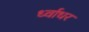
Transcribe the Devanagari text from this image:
र्ध्वाधर